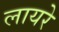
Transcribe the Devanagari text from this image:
लायरे